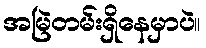
အမြဲတမ်းရှိနေမှာပဲ။